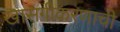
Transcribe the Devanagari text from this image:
खासगीकरणाची